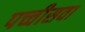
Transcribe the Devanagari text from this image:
पच्चीसवा